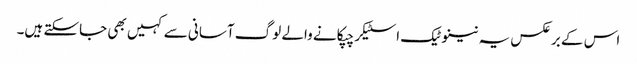
اس کے برعکس یہ نینوٹیک اسٹیکر چپکانے والے لوگ آسانی سے کہیں بھی جاسکتے ہیں۔